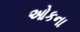
ઓકના